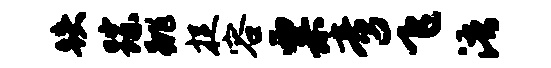
跌踪跳捉容粟啻飞浯